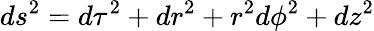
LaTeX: ds^{2}=d\tau^{2}+dr^{2}+r^{2}d\phi^{2}+dz^{2}